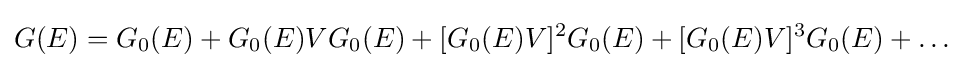
G(E)=G_{0}(E)+G_{0}(E)VG_{0}(E)+[G_{0}(E)V]^{2}G_{0}(E)+[G_{0}(E)V]^{3}G_{0}(E)+\dots